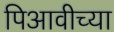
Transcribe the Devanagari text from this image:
पिआवीच्या